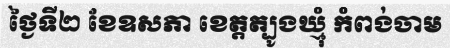
ថ្ងៃទី២ ខែឧសភា ខេត្តត្បូងឃ្មុំ កំពង់ចាម